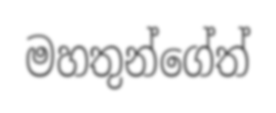
මහතුන්ගේත්